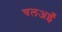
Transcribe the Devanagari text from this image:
चलअइँ